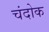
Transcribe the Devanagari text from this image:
चंदोक